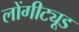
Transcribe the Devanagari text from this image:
लोंगीट्यूड